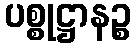
ပစ္စုဋ္ဌာနဉ္စ